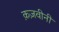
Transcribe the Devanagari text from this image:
क़ज़वीनी